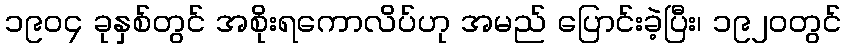
၁၉၀၄ ခုနှစ်တွင် အစိုးရကောလိပ်ဟု အမည် ပြောင်းခဲ့ပြီး၊ ၁၉၂၀တွင်